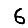
Digit: 6